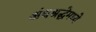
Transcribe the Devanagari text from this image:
अंधश्रद्धेमध्ये